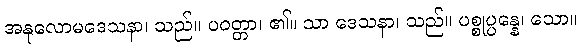
အနုလောမဒေသနာ၊ သည်။ ပဝတ္တာ၊ ၏။ သာ ဒေသနာ၊ သည်။ ပစ္စုပ္ပန္နေ၊ သော။